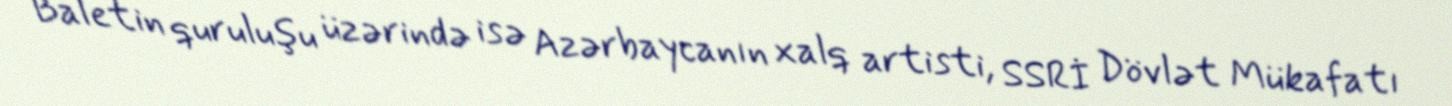
Baletin quruluşu üzərində isə Azərbaycanın xalq artisti, SSRİ Dövlət Mükafatı